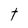
Character: t